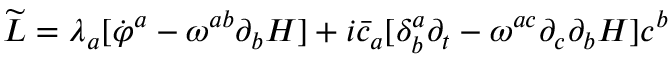
{ \widetilde { \cal L } } = \lambda _ { a } [ { \dot { \varphi } } ^ { a } - \omega ^ { a b } \partial _ { b } H ] + i { \bar { c } } _ { a } [ \delta _ { b } ^ { a } \partial _ { t } - \omega ^ { a c } \partial _ { c } \partial _ { b } H ] c ^ { b }